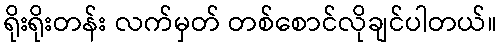
ရိုးရိုးတန်း လက်မှတ် တစ်စောင်လိုချင်ပါတယ်။